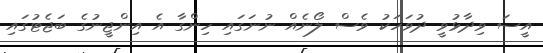
އީސަ ވިދާޅުވީ ދުވަހަކު ވެސް ލޯނެއް ނުނަގައި ހިންގާ އެ އިންޖީނުގެ ބަޖެޓުގައި